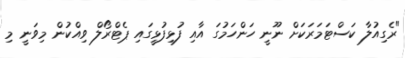
"ރެގިއުލާ ކަސްޓަމަރަކަށް ނޫނީ ހަންހަމުގަ އާއި ފުޅިފުޅީގައި ޕެޓްރޯލް ވިއްކުން މިވަނީ މި